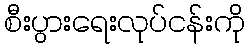
စီးပွားရေးလုပ်ငန်းကို